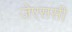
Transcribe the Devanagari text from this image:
जेएससी